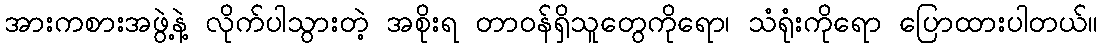
အားကစားအဖွဲ့နဲ့ လိုက်ပါသွားတဲ့ အစိုးရ တာဝန်ရှိသူတွေကိုရော၊ သံရုံးကိုရော ပြောထားပါတယ်။